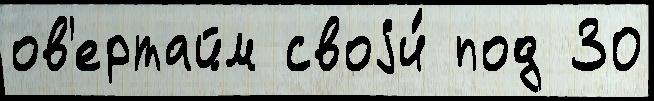
ов'ертайм своjи́ под 30